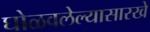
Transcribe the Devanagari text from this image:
घोळवलेल्यासारखे